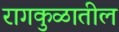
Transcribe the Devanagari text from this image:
रागकुळातील